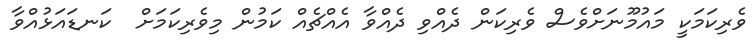
ވެރިކަމަކީ މައުމޫނަށްވެސް ވެރިކަން ދެއްވި ދެއްވާ އެއްޗެއް ކަމުން މިވެރިކަމަށް  ކަނޑައަޅުއްވާ